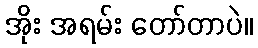
အိုး အရမ်း တော်တာပဲ။